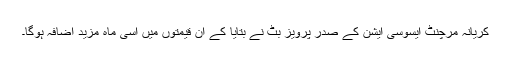
کریانہ مرچنٹ ایسوسی ایشن کے صدر پرویز بٹ نے بتایا کے ان قیمتوں میں اسی ماہ مزید اضافہ ہوگا۔